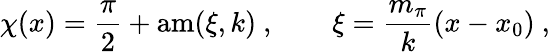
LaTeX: \chi(x)=\frac{\pi}{2}+\mathrm{am}(\xi,k)\ ,\qquad\xi=\frac{m_{\pi}}{k}(x-x_{0})\ ,